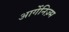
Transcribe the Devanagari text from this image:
आर्गेनिज़्म